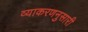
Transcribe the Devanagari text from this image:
व्याकरणनुसारी